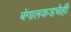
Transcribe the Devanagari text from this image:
बंगालकडचेही